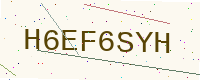
Text: H6EF6SYH